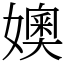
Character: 㜩